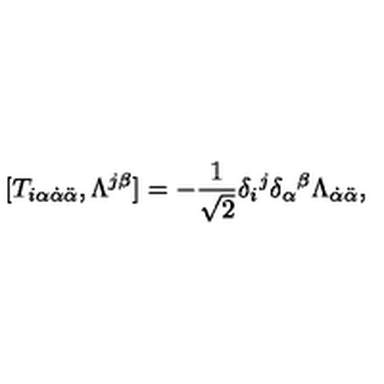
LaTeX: [ T _ { i \alpha \dot { \alpha } \ddot { \alpha } } , \Lambda ^ { j \beta } ] = - \frac 1 { \sqrt { 2 } } \delta _ { i } { } ^ { j } \delta _ { \alpha } { } ^ { \beta } \Lambda _ { \dot { \alpha } \ddot { \alpha } } , \nonumber